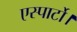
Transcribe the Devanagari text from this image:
एस्पार्टो।